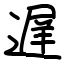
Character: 遅